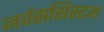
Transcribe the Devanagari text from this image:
नर्वससिस्टम